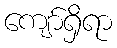
ကျော်ရှိရာ